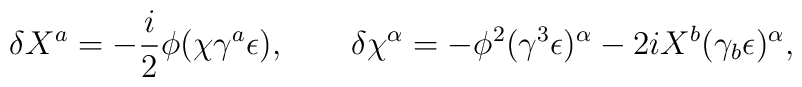
\delta X^a = -\frac{i}{2} \phi (\chi \gamma^a \epsilon), \qquad  \delta \chi^\alpha = -\phi^2 (\gamma^3 \epsilon)^\alpha - 2i X^b  (\gamma_b \epsilon)^\alpha,